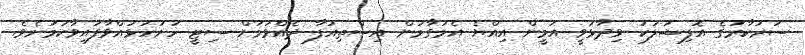
ސަރުކާރުގެ އޮފިޝަލަކު ވިދާޅުވީ އަމީން އިއްޔެ އެމަގާމުން އިސްތިއުފާ ދެއްވުމަށް ސިޓީ ހުށަހަޅުއްވާފައިވާކަމަށެވެ.